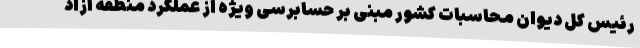
رئیس کل دیوان محاسبات کشور مبنی بر حسابرسی ویژه از عملکرد منطقه آزاد